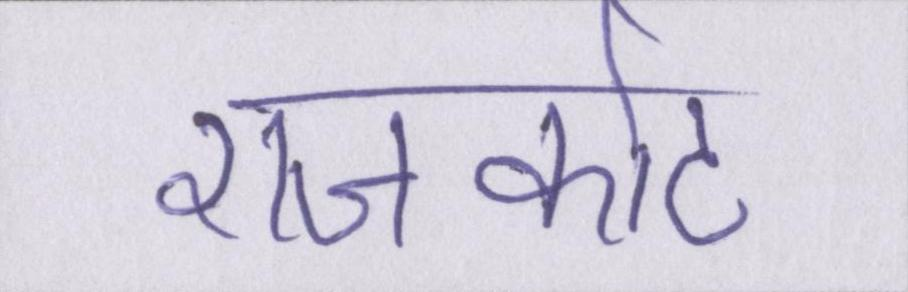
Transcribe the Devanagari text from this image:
राजकोट